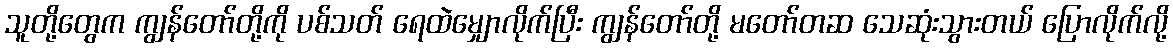
သူတို့တွေက ကျွန်တော်တို့ကို ပစ်သတ် ရေထဲမျှောလိုက်ပြီး ကျွန်တော်တို့ မတော်တဆ သေဆုံးသွားတယ် ပြောလိုက်လို့